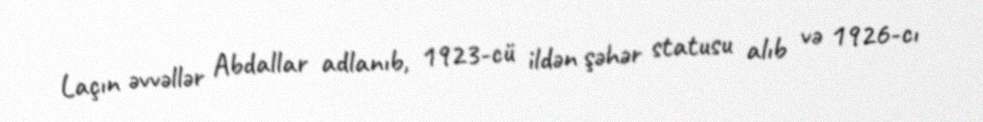
Laçın əvvəllər Abdallar adlanıb, 1923-cü ildən şəhər statusu alıb və 1926-cı